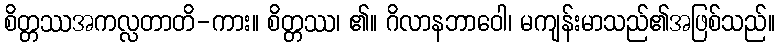
စိတ္တဿအကလ္လတာတိ-ကား။ စိတ္တဿ၊ ၏။ ဂိလာနဘာဝေါ၊ မကျန်းမာသည်၏အဖြစ်သည်။